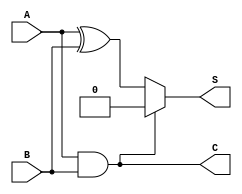
module current_mode_half_adder (
    input wire A,  // Input current source A
    input wire B,  // Input current source B
    output wire S, // Output current for sum
    output wire C  // Output current for carry
);

// Internal signals
wire sum_current;
wire carry_current;

// Logic for Sum (S)
assign sum_current = A ^ B; // XOR operation for sum
assign S = (A & B) ? 0 : sum_current; // If both A and B are high, S is 0

// Logic for Carry (C)
assign C = A & B; // AND operation for carry

endmodule